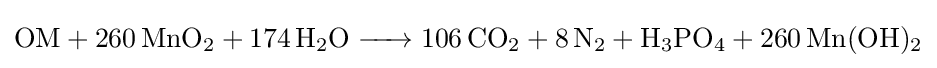
{\ce {OM + 260MnO2 + 174H2O -> 106CO2 + 8N2 + H3PO4 + 260Mn(OH)2}}